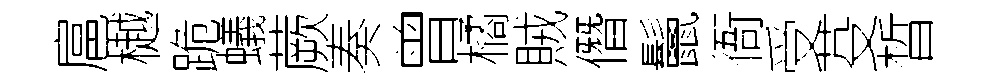
扈樾跪蟻蕨奏曾橘賊僭鬛衙受芟晳